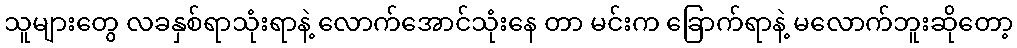
သူများတွေ လခနှစ်ရာသုံးရာနဲ့ လောက်အောင်သုံးနေ တာ မင်းက ခြောက်ရာနဲ့ မလောက်ဘူးဆိုတော့